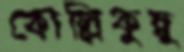
কোল্লিকুন্নু